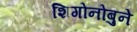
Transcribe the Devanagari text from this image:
शिगोनोबुने